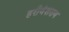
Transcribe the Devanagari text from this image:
हरीवंशराय